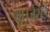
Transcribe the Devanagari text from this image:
था।जेरार्ड